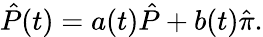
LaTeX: \hat{P}(t)=a(t)\hat{P}+b(t)\hat{\pi}.